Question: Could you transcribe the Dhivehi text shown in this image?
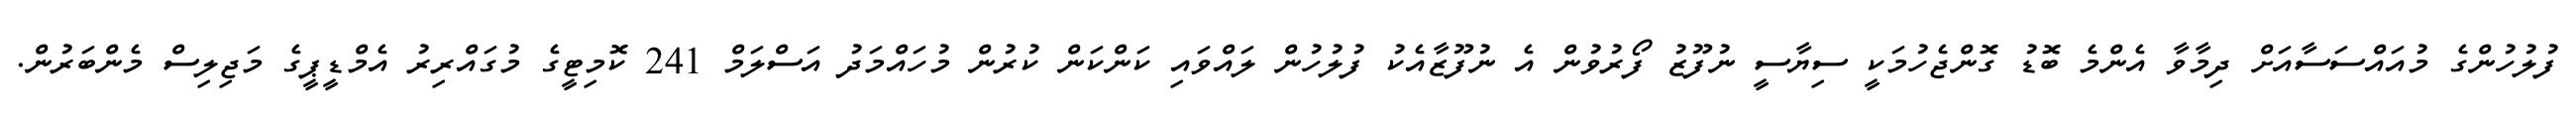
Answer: ފުލުހުންގެ މުއައްސަސާއަށް ދިމާވާ އެންމެ ބޮޑު ގޮންޖެހުމަކީ ސިޔާސީ ނުފޫޒު ފޯރުވުން އެ ނުފޫޒާއެކު ފުލުހުން ލައްވައި ކަންކަން ކުރުން މުހައްމަދު އަސްލަމް 241 ކޮމިޓީގެ މުގައްރިރު އެމްޑީޕީގެ މަޖިލިސް މެންބަރުން.